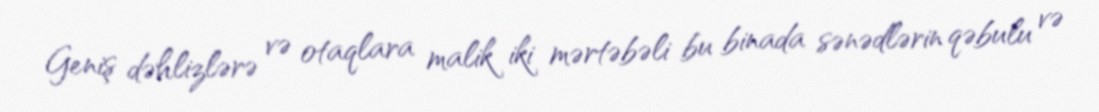
Geniş dəhlizlərə və otaqlara malik iki mərtəbəli bu binada sənədlərin qəbulu və